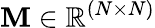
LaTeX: {\mathbf M}\in\mathbb{R}^{(N\times N)}